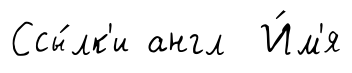
Ссы́лк'и англ И́м'я